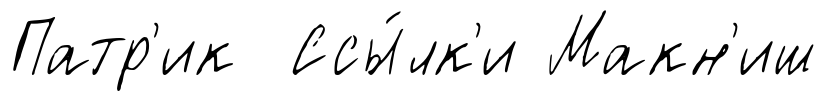
Патр'ик Ссы́лк'и Макн'иш